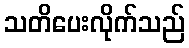
သတိပေးလိုက်သည်